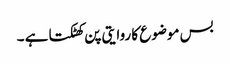
بس موضوع کا روایتی پن کھٹکتا ہے ۔